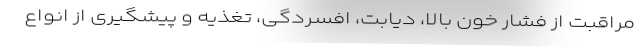
مراقبت از فشار خون بالا، دیابت، افسردگی، تغذیه و پیشگیری از انواع